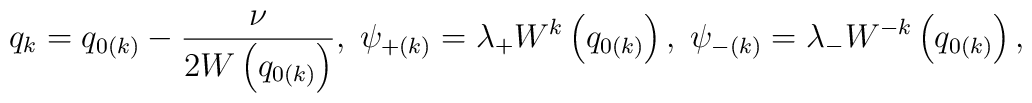
q_k=q_{0\left( k\right) }-\frac \nu {2W\left( q_{0\left( k\right) }\right)},\;\psi _{+\left( k\right) }=\lambda _{+}W^k\left( q_{0\left( k\right)}\right) ,\;\psi _{-\left( k\right) }=\lambda _{-}W^{-k}\left( q_{0\left(k\right) }\right)  ,